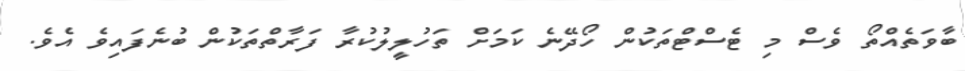
ބާވަތެއްތޯ ވެސް މި ޓެސްޓްތަކުން ހޯދޭނެ ކަމަށް ތަހުލީލުކުރާ ފަރާތްތަކުން ބުނެފައިވެ އެވެ.